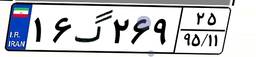
۱۶گ۲۶۹۲۵